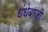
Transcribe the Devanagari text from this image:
धंधेबाजी